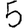
Digit: 5